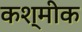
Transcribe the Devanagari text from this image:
कश्मीक